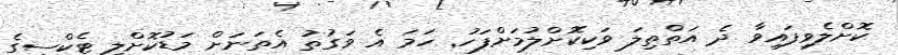
ކޮށްލެވިފައިވާ ދެ އަތްތިލަ ވަކިކޮށްލުުމަށްފަހު